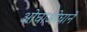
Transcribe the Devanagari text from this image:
ओघाओघाने